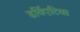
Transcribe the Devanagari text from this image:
डर्विएटिव्स